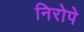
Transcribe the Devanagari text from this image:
निरोपे